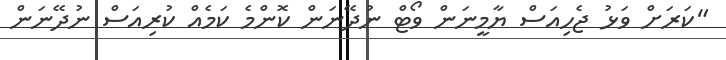
"ކަރަށް ވަޅު ޖެހިއަސް ޔާމީނަން ވޯޓް ނުދޭނަން ކޮންމެ ކަމެއް ކުރިއަސް ނުދޭނަން